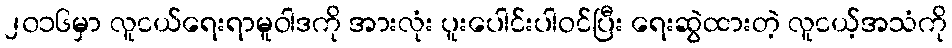
၂၀၁၆မှာ လူငယ်ရေးရာမူဝါဒကို အားလုံး ပူးပေါင်းပါဝင်ပြီး ရေးဆွဲထားတဲ့ လူငယ့်အသံကို